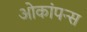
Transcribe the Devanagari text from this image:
ओकांपन्स